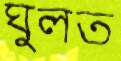
ঘুলত